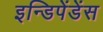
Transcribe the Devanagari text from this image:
इन्डिपेंडेंस